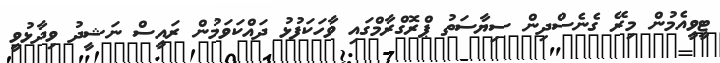
ޓީވީއެމުން މިރޭ ގެނެސްދިން ސިޔާސަތު ޕްރޮގްރާމްގައި ވާހަކަފުޅު ދައްކަވަމުން ރައީސް ނަޝީދު ވިދާޅުވީ